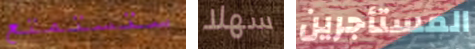
ستستمتع سهلا المستأجرين